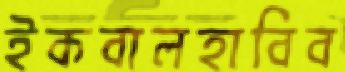
ইকবালহাবিব